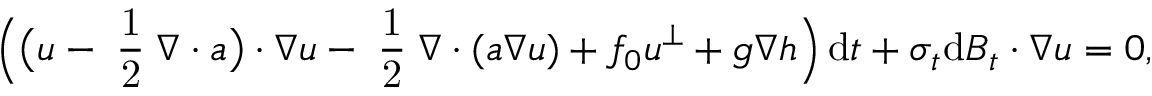
\Big ( \big ( \boldsymbol { u } - \mathrm { \scriptsize ~ \frac { 1 } { 2 } ~ } \boldsymbol { \nabla } \boldsymbol { \cdot } \boldsymbol { a } \big ) \boldsymbol { \cdot } \boldsymbol { \nabla } \boldsymbol { u } - \mathrm { \scriptsize ~ \frac { 1 } { 2 } ~ } \boldsymbol { \nabla } \boldsymbol { \cdot } ( \boldsymbol { a } \boldsymbol { \nabla } \boldsymbol { u } ) + f _ { 0 } \boldsymbol { u } ^ { \perp } + g \boldsymbol { \nabla } h \Big ) \, \mathrm { d } t + \boldsymbol { \sigma } _ { t } \mathrm { d } \boldsymbol { B } _ { t } \boldsymbol { \cdot } \boldsymbol { \nabla } \boldsymbol { u } = 0 ,